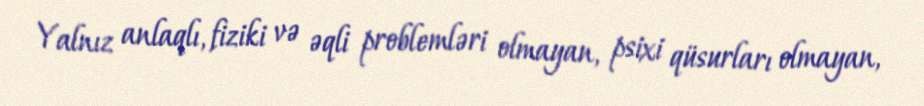
Yalnız anlaqlı, fiziki və əqli problemləri olmayan, psixi qüsurları olmayan,